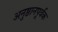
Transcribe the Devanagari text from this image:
अनुष्ठानपूर्वक